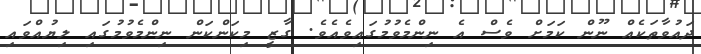
ދައުވާތަކެއް ނޫން ކަމަށް ވެސް އެ ނިންމެވުމުގައިވެއެވެ. ގާޒީ މިކަންކަން ނިންމެވުމުގައި ލިޔުއްވައި